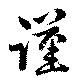
謹